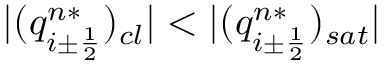
| ( q _ { i \pm \frac { 1 } { 2 } } ^ { n * } ) _ { c l } | < | ( q _ { i \pm \frac { 1 } { 2 } } ^ { n * } ) _ { s a t } |